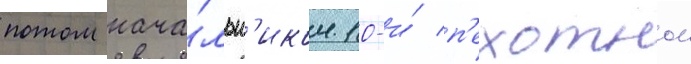
потом нача́льн'иком 10-и́ п'ехотнои